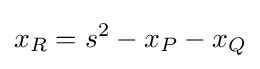
x_{R}=s^{2}-x_{P}-x_{Q}